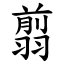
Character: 翦